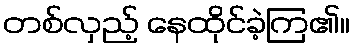
တစ်လှည့် နေထိုင်ခဲ့ကြ၏။